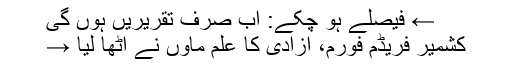
← فیصلے ہو چکے: اب صرف تقریریں ہوں گی
کشمیر فریڈم فورم، آزادی کا علم ماؤں نے اٹھا لیا →